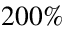
2 0 0 \%